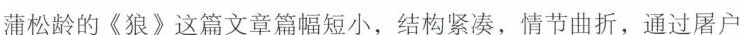
蒲松龄的《狼》这篇文章篇幅短小，结构紧凑，情节曲折，通过屠户